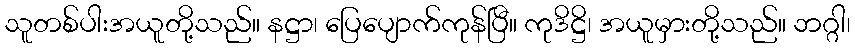
သူတစ်ပါးအယူတို့သည်။ နဋ္ဌာ၊ ပြေပျောက်ကုန်ပြီ။ ကုဒိဋ္ဌိ၊ အယူမှားတို့သည်။ ဘဂ္ဂါ၊